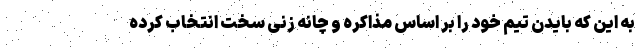
به این که بایدن تیم خود را بر اساس مذاکره و چانه زنی سخت انتخاب کرده